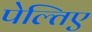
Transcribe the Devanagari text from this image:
पेल्तिए